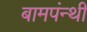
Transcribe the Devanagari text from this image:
बामपंन्थी